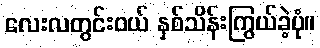
လေးလတွင်းဝယ် နှစ်သိန်းကြွယ်ခဲ့ပုံ။